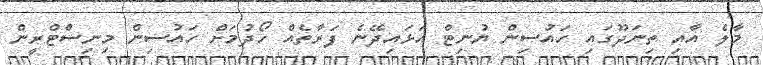
މާލެ އާއި ތިނަދޫގައި ހައުސިން ޔުނިޓް އަޅައިދޭނެ ފަރާތެއް ހޯދުމަށް ހައުސިން މިނިސްޓްރީން